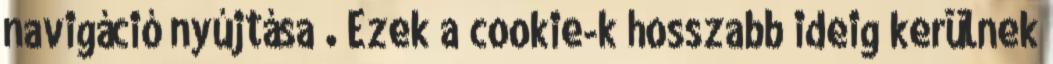
navigáció nyújtása . Ezek a cookie-k hosszabb ideig kerülnek